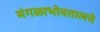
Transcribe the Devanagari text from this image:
मंगळाभोवतालचे